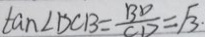
\tan \angle D C B = \frac { B D } { C D } = \sqrt { 3 } .